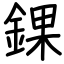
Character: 錁